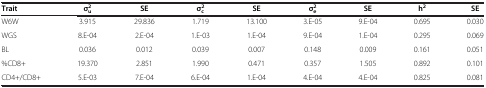
<table><thead><tr><td><b>Trait</b></td><td><b>σ<sup>2</sup><sub>u</sub></b></td><td><b>SE</b></td><td><b>σ<sup>2</sup><sub>c</sub></b></td><td><b>SE</b></td><td><b>σ<sup>2</sup><sub>e</sub></b></td><td><b>SE</b></td><td><b>h<sup>2</sup></b></td><td><b>SE</b></td></tr></thead><tbody><tr><td>W6W</td><td>3.915</td><td>29.836</td><td>1.719</td><td>13.100</td><td>3.E-05</td><td>9.E-04</td><td>0.695</td><td>0.030</td></tr><tr><td>WGS</td><td>8.E-04</td><td>2.E-04</td><td>1.E-03</td><td>1.E-04</td><td>9.E-04</td><td>1.E-04</td><td>0.295</td><td>0.069</td></tr><tr><td>BL</td><td>0.036</td><td>0.012</td><td>0.039</td><td>0.007</td><td>0.148</td><td>0.009</td><td>0.161</td><td>0.051</td></tr><tr><td>%CD8+</td><td>19.370</td><td>2.851</td><td>1.990</td><td>0.471</td><td>0.357</td><td>1.505</td><td>0.892</td><td>0.101</td></tr><tr><td>CD4+/CD8+</td><td>5.E-03</td><td>7.E-04</td><td>6.E-04</td><td>1.E-04</td><td>4.E-04</td><td>4.E-04</td><td>0.825</td><td>0.081</td></tr></tbody></table>